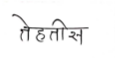
मजकूर: तेहतीस